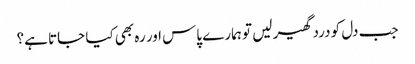
جب دل کو درد گھیر لیں تو ہمارے پاس اور رہ بھی کیا جاتا ہے؟